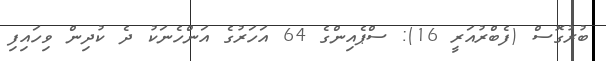
ބުރުގޮސް (ފެބްރުއަރީ 16): ސްޕެއިންގެ 64 އަހަރުގެ އަންހެނަކު ދެ ކުދިން ވިހައިފި